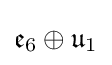
{\mathfrak {e}}_{6}\oplus {\mathfrak {u}}_{1}